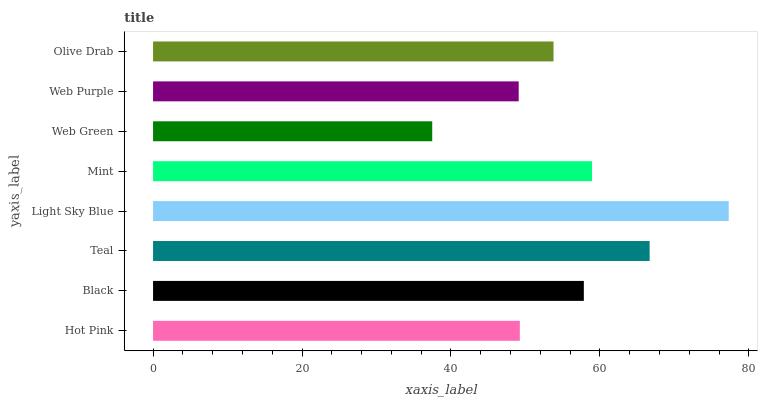
| yaxis_label | bars |
 | --- | --- |
 | Hot Pink | 49.2 |
 | Black | 57.8 |
 | Teal | 66.7 |
 | Light Sky Blue | 77.3 |
 | Mint | 58.9 |
 | Web Green | 37.5 |
 | Web Purple | 49.1 |
 | Olive Drab | 53.8 |